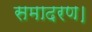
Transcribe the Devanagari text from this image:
समादरण।